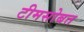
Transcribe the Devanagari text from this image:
टीमसोबत